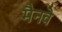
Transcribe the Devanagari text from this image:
मैनवे